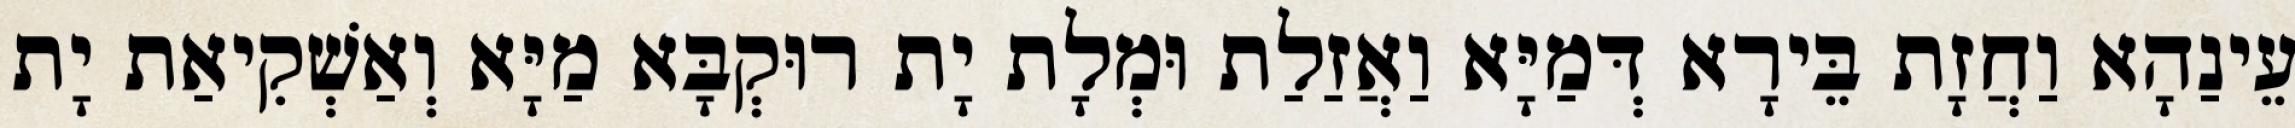
עֵינַהָא וַחֲזָת בֵּירָא דְּמַיָּא וַאֲזַלַת וּמְלָת יָת רוּקְבָּא מַיָּא וְאַשְׁקִיאַת יָת